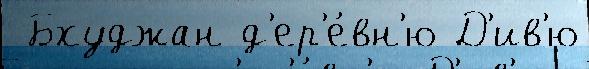
 Бхуджан д'ер'е́вн'ю Д'ив'ю